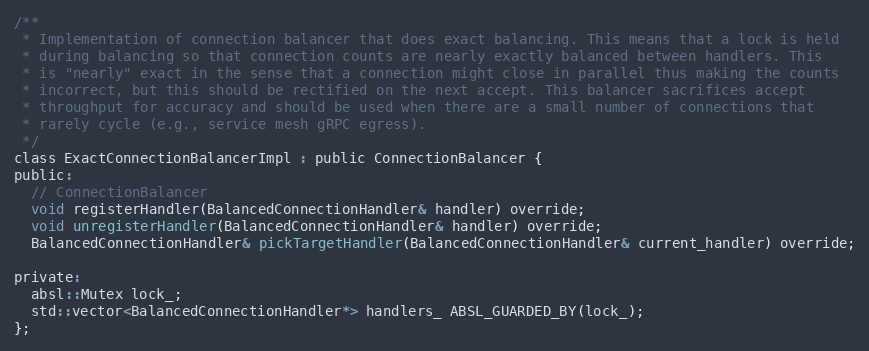
Language: C
/**
 * Implementation of connection balancer that does exact balancing. This means that a lock is held
 * during balancing so that connection counts are nearly exactly balanced between handlers. This
 * is "nearly" exact in the sense that a connection might close in parallel thus making the counts
 * incorrect, but this should be rectified on the next accept. This balancer sacrifices accept
 * throughput for accuracy and should be used when there are a small number of connections that
 * rarely cycle (e.g., service mesh gRPC egress).
 */
class ExactConnectionBalancerImpl : public ConnectionBalancer {
public:
  // ConnectionBalancer
  void registerHandler(BalancedConnectionHandler& handler) override;
  void unregisterHandler(BalancedConnectionHandler& handler) override;
  BalancedConnectionHandler& pickTargetHandler(BalancedConnectionHandler& current_handler) override;

private:
  absl::Mutex lock_;
  std::vector<BalancedConnectionHandler*> handlers_ ABSL_GUARDED_BY(lock_);
};